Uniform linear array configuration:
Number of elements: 48
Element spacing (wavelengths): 0.75
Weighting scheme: kaiser
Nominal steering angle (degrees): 60
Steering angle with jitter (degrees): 60.416
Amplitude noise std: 0.05
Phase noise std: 0.05

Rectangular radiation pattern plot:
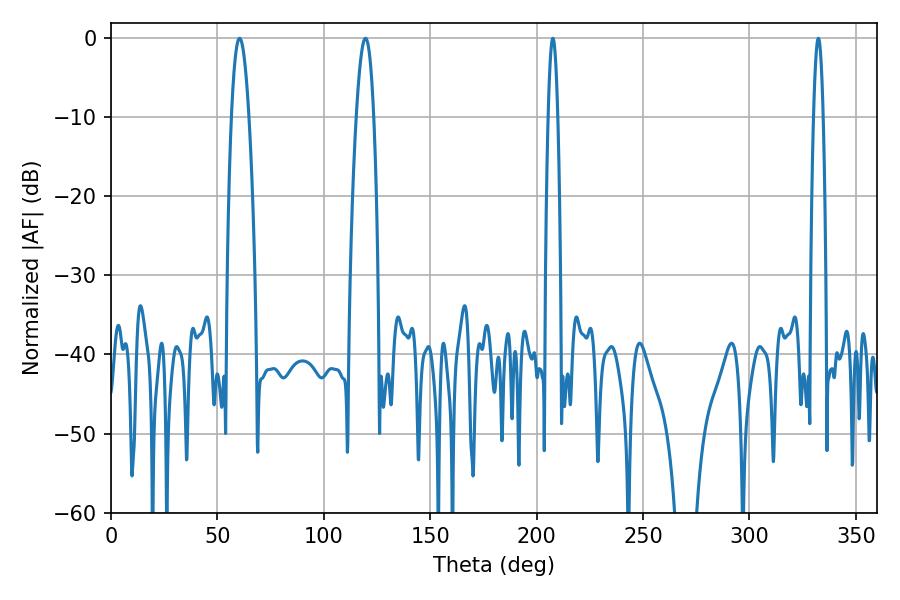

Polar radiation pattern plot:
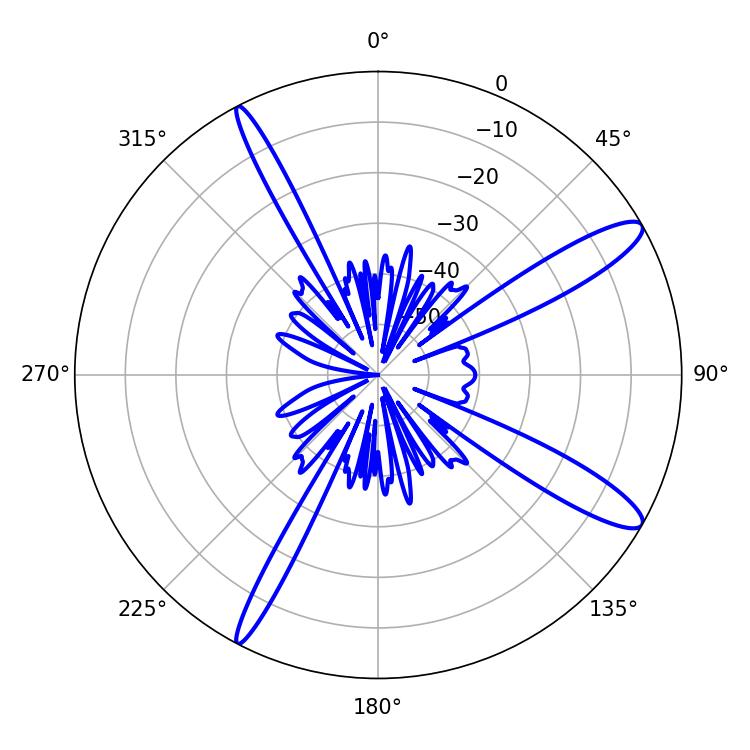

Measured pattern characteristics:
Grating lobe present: TRUE
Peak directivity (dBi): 12.809
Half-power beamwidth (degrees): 4.5
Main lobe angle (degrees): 60.48